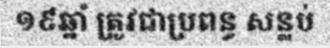
១៩ឆ្នាំ ត្រូវជាប្រពន្ធ សន្លប់